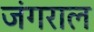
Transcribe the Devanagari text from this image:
जंगराल